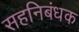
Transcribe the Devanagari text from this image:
सहनिबंधक